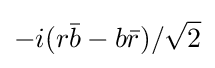
-i(r{\bar {b}}-b{\bar {r}})/{\sqrt {2}}